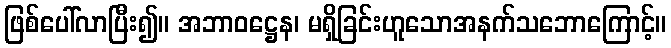
ဖြစ်ပေါ်လာပြီး၍။ အဘာဝဋ္ဌေန၊ မရှိခြင်းဟူသောအနက်သဘောကြောင့်။